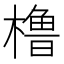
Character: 橹